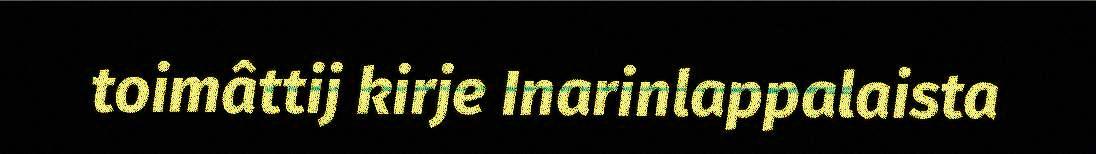
toimâttij kirje Inarinlappalaista